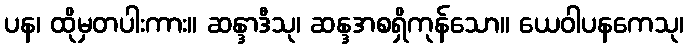
ပန၊ ထိုမှတပါးကား။ ဆန္ဒာဒီသု၊ ဆန္ဒအစရှိကုန်သော။ ယေဝါပနကေသု၊